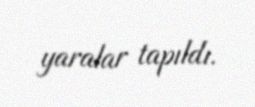
yaralar tapıldı.